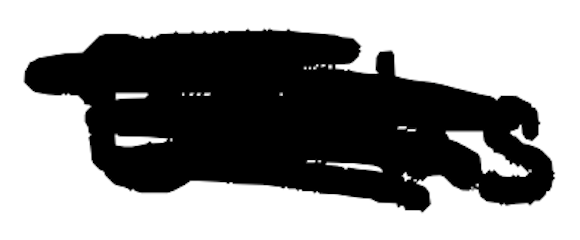
Text: Barlas
Cross-out: scratch
Writing tool: digital_black